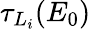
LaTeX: \tau_{L_{i}}(E_{0})